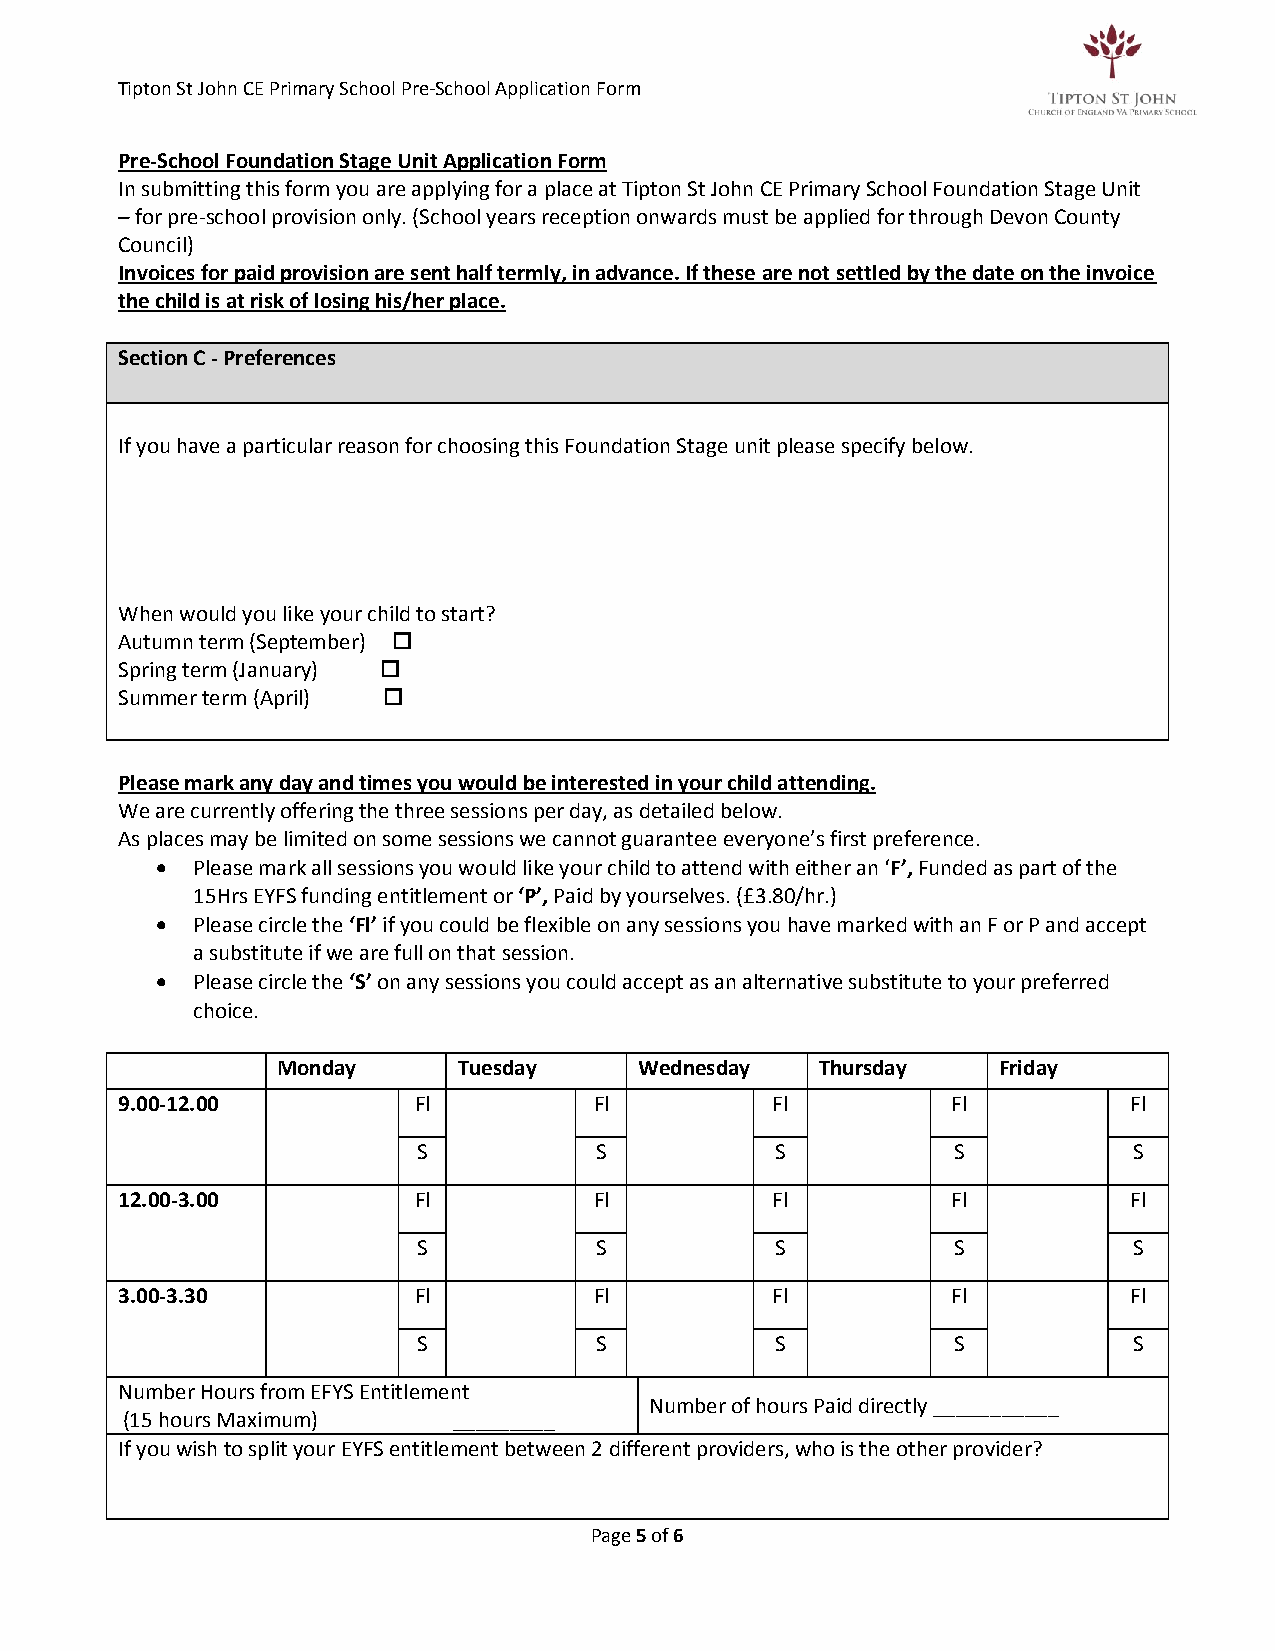
Tipton St John CE Primary School Pre-School Application Form
 Pre-School Foundation Stage Unit Application Form
 In submitting this form you are applying for a place at Tipton St John CE Primary School Foundation Stage Unit
 – for pre-school provision only. (School years reception onwards must be applied for through Devon County
 Council)
 Invoices for paid provision are sent half termly, in advance. If these are not settled by the date on the invoice
 the child is at risk of losing his/her place.
 Section C - Preferences
 If you have a particular reason for choosing this Foundation Stage unit please specify below.
 When would you like your child to start?
 Autumn term (September) 
 Spring term (January) 
 Summer term (April) 
 Please mark any day and times you would be interested in your child attending.
 We are currently offering the three sessions per day, as detailed below.
 As places may be limited on some sessions we cannot guarantee everyone’s first preference.
   Please mark all sessions you would like your child to attend with either an ‘F’, Funded as part of the
 15Hrs EYFS funding entitlement or ‘P’, Paid by yourselves. (£3.80/hr.)
   Please circle the ‘Fl’ if you could be flexible on any sessions you have marked with an F or P and accept
 a substitute if we are full on that session.
   Please circle the ‘S’ on any sessions you could accept as an alternative substitute to your preferred
 choice.
 Monday      Tuesday     Wednesday   Thursday    Friday
 9.00-12.00         Fl          Fl          Fl          Fl          Fl
 S          S           S           S           S
 12.00-3.00         Fl          Fl          Fl          Fl          Fl
 S          S           S           S           S
 3.00-3.30          Fl          Fl          Fl          Fl          Fl
 S          S           S           S           S
 Number Hours from EFYS Entitlement
 Number of hours Paid directly ___________
 (15 hours Maximum)    _________
 If you wish to split your EYFS entitlement between 2 different providers, who is the other provider?
 Page 5 of 6